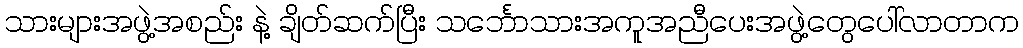
သားများအဖွဲ့အစည်း နဲ့ ချိတ်ဆက်ပြီး သင်္ဘောသားအကူအညီပေးအဖွဲ့တွေပေါ်လာတာက